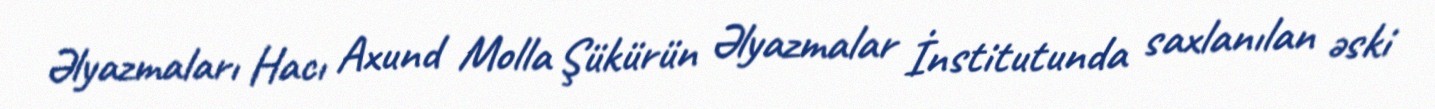
Əlyazmaları Hacı Axund Molla Şükürün Əlyazmalar İnstitutunda saxlanılan əski